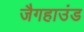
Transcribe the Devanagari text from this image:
जैगहाउंड